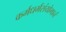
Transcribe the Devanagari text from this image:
कर्मधर्मसंयोगानं